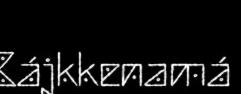
Bájkkenamá